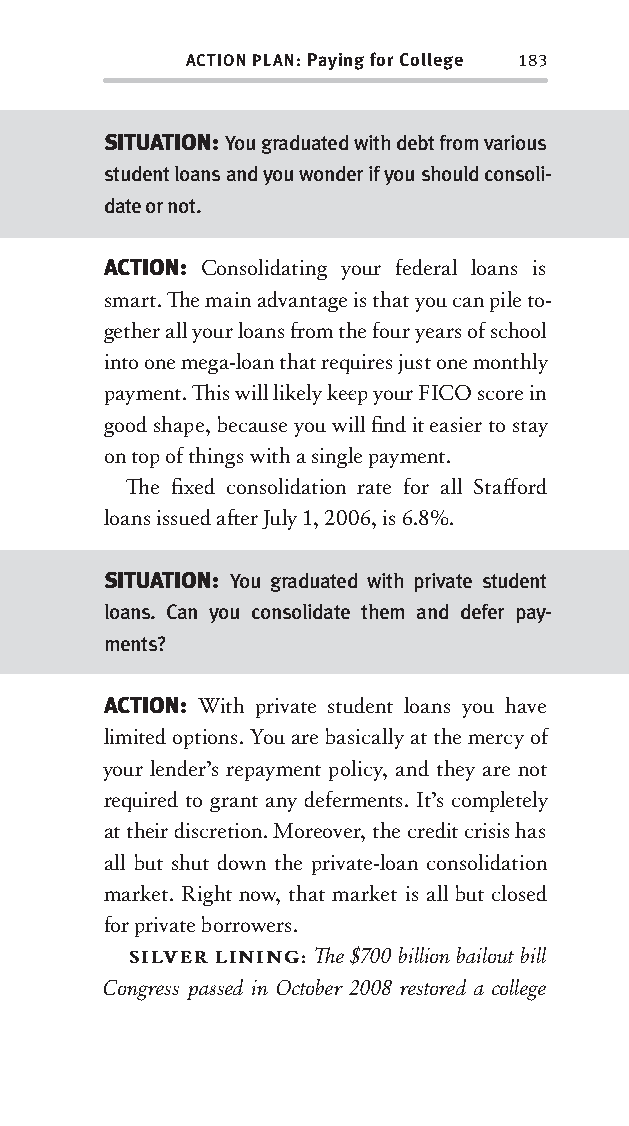
ACTION PLAN: Paying for College 183
 SITUATION: You graduated with debt from various
 student loans and you wonder if you should consoli-
 date or not.
 ACTION: Consolidating your federal loans is
 smart. Th e main advantage is that you can pile to-
 gether all your loans fr om the four years of school
 into one mega-loan that requires just one monthly
 payment. Th is will likely kee p your FICO score in
 good shape, because you will fi nd it easier to stay
 on top of things with a single payment.
 Th e fi xed consolidation rate for all Staff ord
 loans issued aft er July 1, 2006, is 6.8%.
 SITUATION: You graduated with private student
 loans. Can you consolidate them and defer pay-
 ments?
 ACTION: With private student loans you have
 limited options. You are basically at the mercy of
 your lender’s repayment policy, and they are not
 required to grant any deferments. It’s completely
 at their discretion. Moreover, the credit crisis has
 all but shut down the private-loan consolidation
 market. Right now, that market is all but closed
 for private borrowers.
 SILVER LINING: Th e $700 billion bailout bill
 Congress pas sed in October 2008 restored a college
 OOrrmmaa__99778800338855553300993344__44pp__aallll__rr11..iinndddd 118833 1122//33//0088 99::3311::3377 AAMM